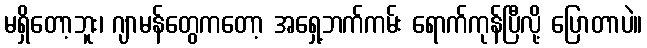
မရှိတော့ဘူး၊ ဂျာမန်တွေကတော့ အရှေ့ဘက်ကမ်း ရောက်ကုန်ပြီလို့ ပြောတာပဲ။